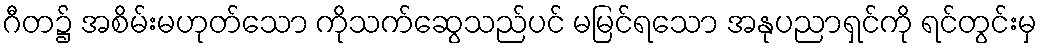
ဂီတ၌ အစိမ်းမဟုတ်သော ကိုသက်ဆွေသည်ပင် မမြင်ရသော အနုပညာရှင်ကို ရင်တွင်းမှ